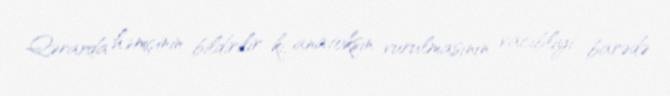
Qərarda həmçinin bildirilir ki, anatoksin vurulmasının vacibliyi barədə